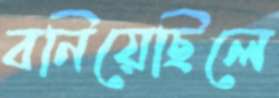
বনিয়েছিলে